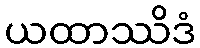
ယထာဿိဒံ